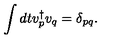
\int d t v _ { p } ^ { \dagger } v _ { q } = \delta _ { p q } .